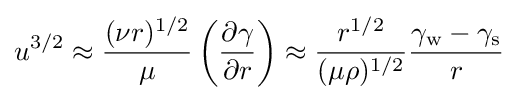
u^{3/2}\approx {\frac {(\nu r)^{1/2}}{\mu }}\left({\frac {\partial \gamma }{\partial r}}\right)\approx {\frac {r^{1/2}}{(\mu \rho )^{1/2}}}{\frac {\gamma _{\text{w}}-\gamma _{\text{s}}}{r}}